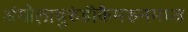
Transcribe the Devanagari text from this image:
अंगोलाबुरुंडीकैमरुनमध्य